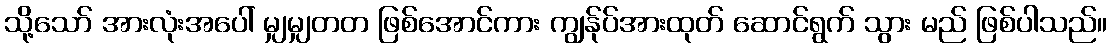
သို့သော် အားလုံးအပေါ် မျှမျှတတ ဖြစ်အောင်ကား ကျွန်ုပ်အားထုတ် ဆောင်ရွက် သွား မည် ဖြစ်ပါသည်။